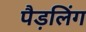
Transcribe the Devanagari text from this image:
पैड़लिंग